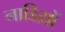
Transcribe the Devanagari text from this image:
नाडिय़ों